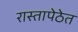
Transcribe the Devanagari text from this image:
रास्तापेठेत